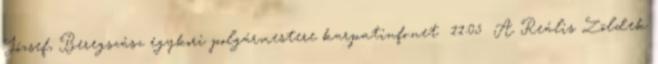
József, Beregszász egykori polgármestere karpatinfo.net 11:05 A Reális Zöldek